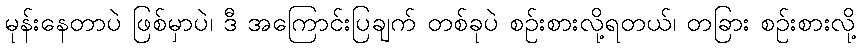
မုန်းနေတာပဲ ဖြစ်မှာပဲ၊ ဒီ အကြောင်းပြချက် တစ်ခုပဲ စဉ်းစားလို့ရတယ်၊ တခြား စဉ်းစားလို့